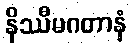
နိဿီမဂတာနံ